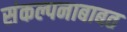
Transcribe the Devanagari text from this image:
संकल्पनाबाबत